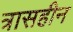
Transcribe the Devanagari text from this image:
त्रासहीन